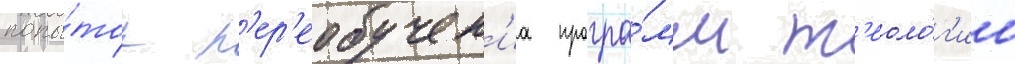
попы́ток п'ер'еобучен'иа програ́мм т'еоло́г'ии